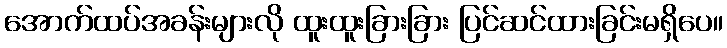
အောက်ထပ်အခန်းများလို ထူးထူးခြားခြား ပြင်ဆင်ထားခြင်းမရှိပေ။